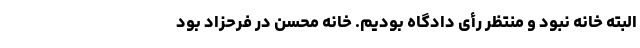
البته خانه نبود و منتظر رأی دادگاه بودیم. خانه محسن در فرحزاد بود